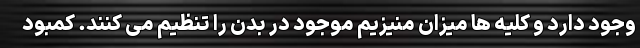
وجود دارد و کلیه ها میزان منیزیم موجود در بدن را تنظیم می کنند. کمبود